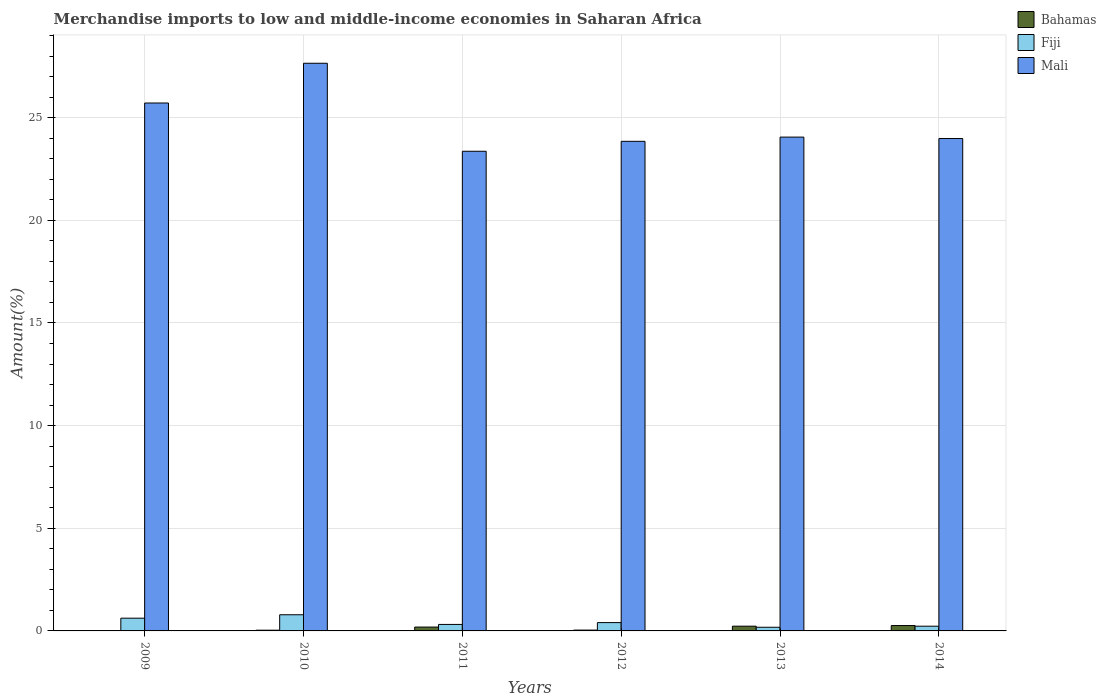
| Years | Bahamas | Fiji | Mali |
 | --- | --- | --- | --- |
 | 2009 | 0.0168 | 0.621 | 25.7 |
 | 2010 | 0.0356 | 0.787 | 27.7 |
 | 2011 | 0.188 | 0.316 | 23.4 |
 | 2012 | 0.0407 | 0.405 | 23.9 |
 | 2013 | 0.231 | 0.179 | 24.1 |
 | 2014 | 0.262 | 0.23 | 24 |